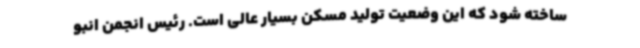
ساخته شود که این وضعیت تولید مسکن بسیار عالی است. رئیس انجمن انبو